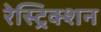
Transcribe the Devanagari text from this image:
रेस्ट्रिक्शन